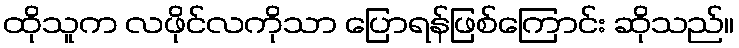
ထိုသူက လဖိုင်လကိုသာ ပြောရန်ဖြစ်ကြောင်း ဆိုသည်။